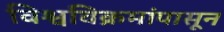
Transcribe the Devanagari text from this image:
विश्वविक्रमांपासून